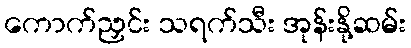
ကောက်ညှင်း သရက်သီး အုန်းနို့ဆမ်း